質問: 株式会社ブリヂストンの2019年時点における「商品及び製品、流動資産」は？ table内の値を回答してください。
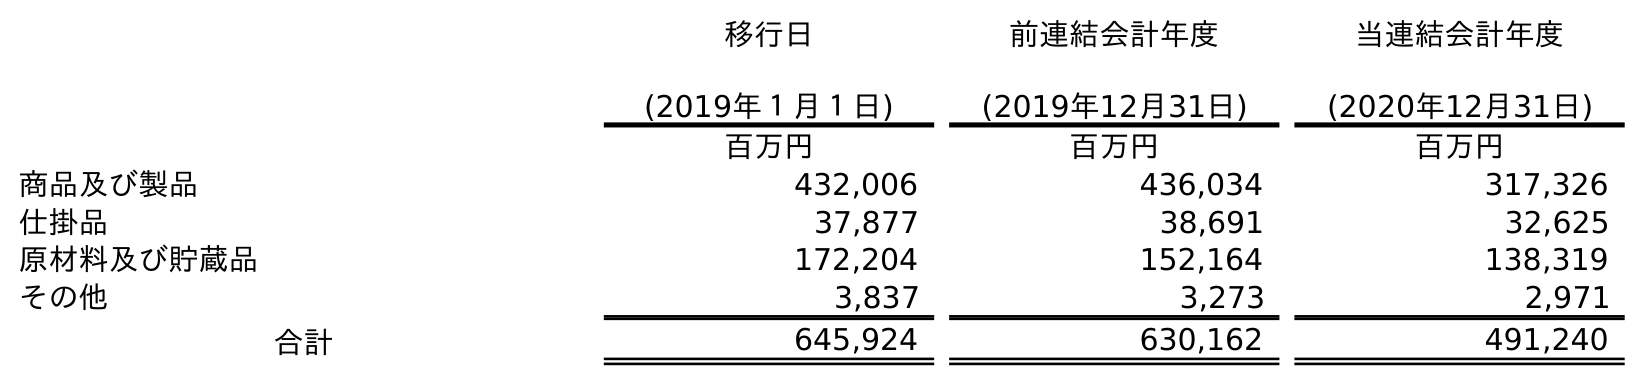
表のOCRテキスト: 移行日 (2019年１月１日) 前連結会計年度 (2019年12月31日) 当連結会計年度 (2020年12月31日) 百万円 百万円 百万円 商品及び製品 432,006 436,034 317,326 仕掛品 37,877 38,691 32,625 原材料及び貯蔵品 172,204 152,164 138,319 その他 3,837 3,273 2,971 合計 645,924 630,162 491,240
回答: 436,034